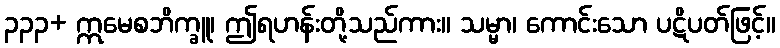
၃၃၃+ ဣမေစဘိက္ခူ၊ ဤရဟန်းတို့သည်ကား။ သမ္မာ၊ ကောင်းသော ပဋိပတ်ဖြင့်။